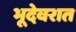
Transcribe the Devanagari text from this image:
भूदेवरात